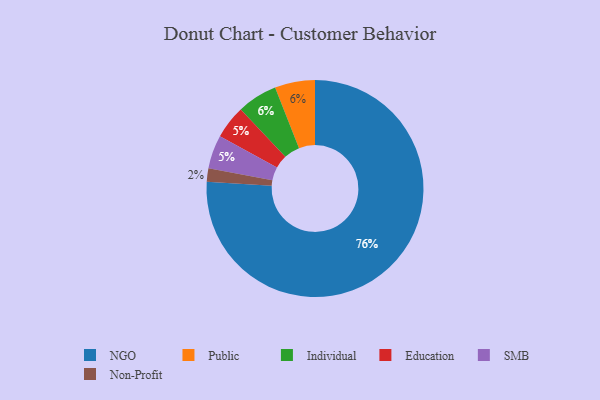
{"axis": {"x": "Category", "y": "Percentage"}, "legend": ["Education", "Individual", "NGO", "Non-Profit", "Public", "SMB"], "data": [{"x": "Education", "y": 5, "type": "Education"}, {"x": "Public", "y": 6, "type": "Public"}, {"x": "NGO", "y": 76, "type": "NGO"}, {"x": "Individual", "y": 6, "type": "Individual"}, {"x": "SMB", "y": 5, "type": "SMB"}, {"x": "Non-Profit", "y": 2, "type": "Non-Profit"}]}